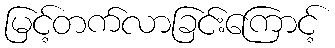
မြင့်တက်လာခြင်းကြောင့်